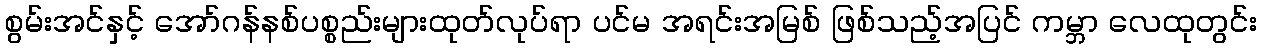
စွမ်းအင်နှင့် အော်ဂန်နစ်ပစ္စည်းများထုတ်လုပ်ရာ ပင်မ အရင်းအမြစ် ဖြစ်သည့်အပြင် ကမ္ဘာ လေထုတွင်း